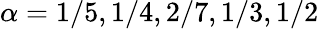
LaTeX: \alpha=1/5,1/4,2/7,1/3,1/2